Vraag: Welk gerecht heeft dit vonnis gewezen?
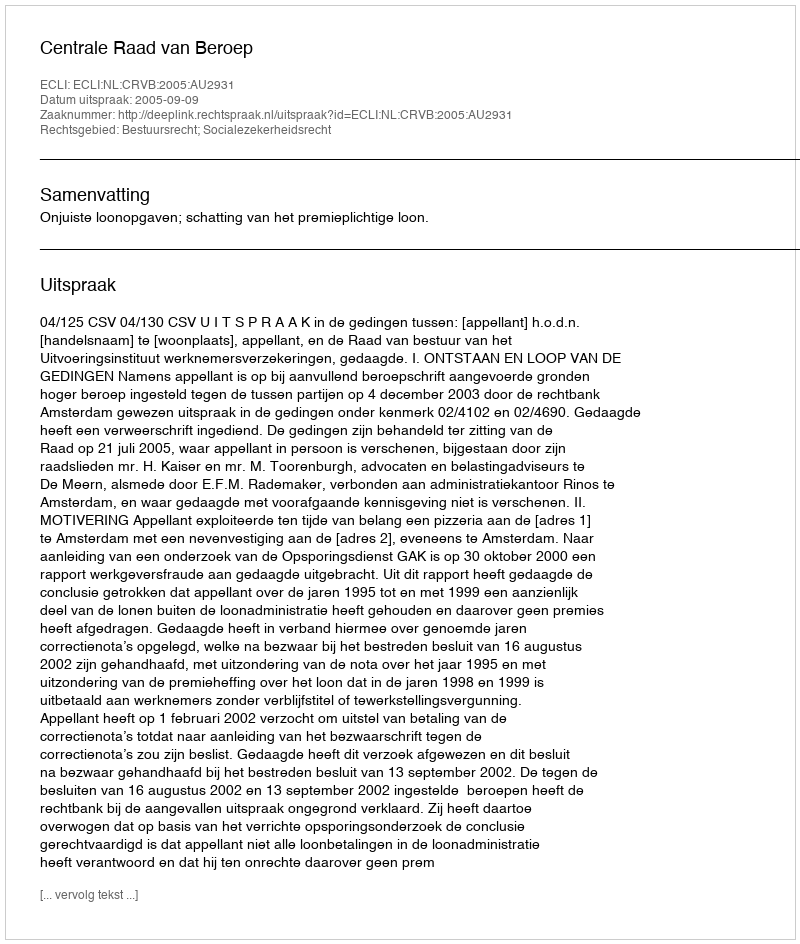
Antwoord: Centrale Raad van Beroep